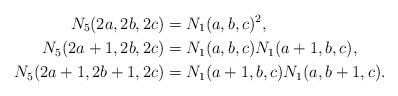
LaTeX: \begin{align*} N_5(2a,2b,2c)&=N_1(a,b,c)^2,\\N_5(2a+1,2b,2c)&=N_1(a,b,c)N_1(a+1,b,c),\\N_5(2a+1,2b+1,2c)&=N_1(a+1,b,c)N_1(a,b+1,c).\end{align*}